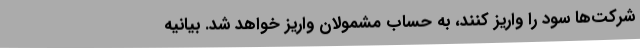
شرکت‌ها سود را واریز کنند، به حساب مشمولان واریز خواهد شد. بیانیه